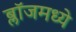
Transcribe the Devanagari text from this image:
ब्लॉजमध्ये